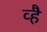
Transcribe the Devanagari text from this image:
व्है